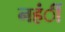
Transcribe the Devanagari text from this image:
नहंीं